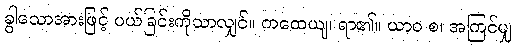
ခွါသောအားဖြင့် ပယ်ခြင်းကိုသာလျှင်။ ကထေယျ၊ ရာ၏။ ယာဝ စ၊ အကြင်မျှ